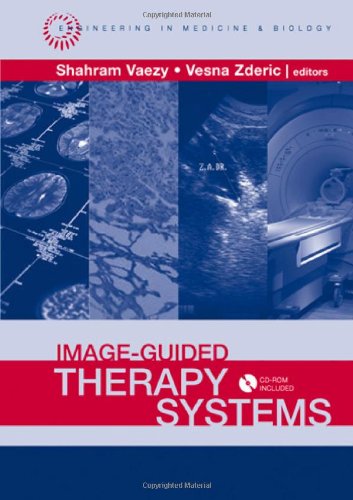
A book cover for Image-guided Therapy Systems (Engineering in Medicine & Biology); Shahram Vaezy; Medical Books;